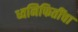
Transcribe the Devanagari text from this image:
ध्वनिफितींचा